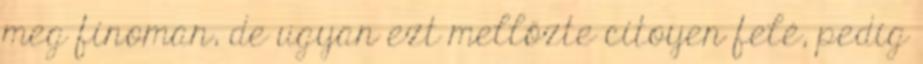
meg finoman, de ugyan ezt mellőzte citoyen felé, pedig